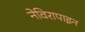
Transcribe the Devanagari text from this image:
नेविरापाइन